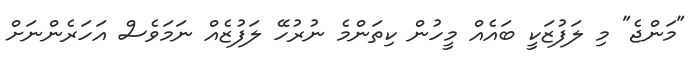
"މަންޖެ" މި ލަފުޒަކީ ބައެއް މީހުން ކިތަންމެ ނުރުހޭ ލަފުޒެއް ނަމަވެސް އަހަރެންނަށް